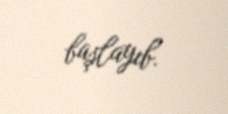
başlayıb.